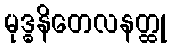
မုဒ္ဓနိတေလနတ္ထု